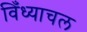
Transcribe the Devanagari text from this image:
विँध्याचल